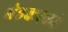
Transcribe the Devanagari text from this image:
मेहकरकडे